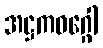
အဋ္ဌကဝဂ္ဂေါ